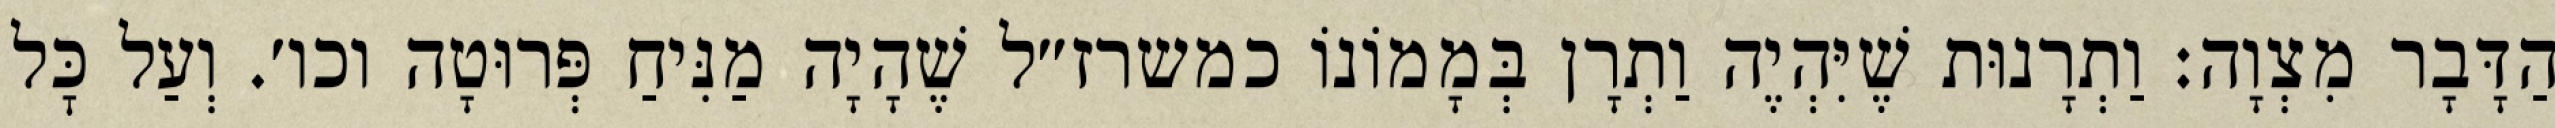
הַדָּבָר מִצְוָה: וַתְרָנוּת שֶׁיִּהְיֶה וַתְרָן בְּמָמוֹנוֹ כמשרז״ל שֶׁהָיָה מַנִּיחַ פְּרוּטָה וכו׳. וְעַל כׇּל